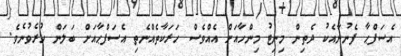
އެސަފްޙާ ފެނުނާއެކު ދެތިން މިނިޓު މިންހާއަށް އެއްވެސް ހަރަކާތެއްނެތި އެސަފްޙާއަށް ބަލަން ހުރެވުނެވެ.